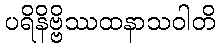
ပရိနိဗ္ဗိဿထနာသဝါတိ